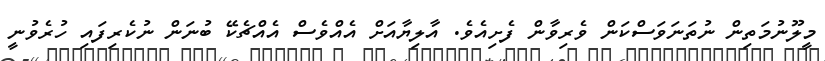
މީލޫނުމަތިން ނުތަނަވަސްކަން ވެރިވާން ފެށިއެވެ. އާލިޔާއަށް އެއްވެސް އެއްޗެކޭ ބުނަން ނުކެރިފައި ހުރެވުނީ